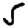
Digit: 5